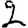
Digit: 2